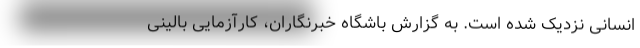
انسانی نزدیک شده است. به گزارش باشگاه خبرنگاران، کارآزمایی بالینی